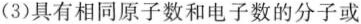
(3)具有相同原子数和电子数的分子或